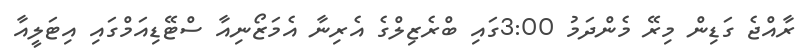
ރާއްޖެ ގަޑިން މިރޭ މެންދަމު 3:00ގައި ބްރެޒިލްގެ އެރިނާ އެމަޒޯނިއާ ސްޓޭޑިއަމްގައި އިޓަލީއާ